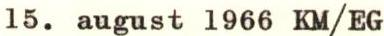
15. august 1966 KM/EG